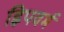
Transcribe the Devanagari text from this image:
ह्विपवर्म